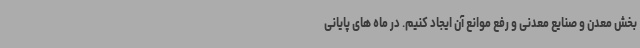
بخش معدن و صنایع معدنی و رفع موانع آن ایجاد کنیم. در ماه های پایانی